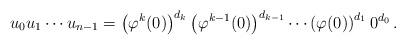
LaTeX: \begin{align*}u_0u_1\cdots u_{n-1}=\left(\varphi^{k}(0)\right)^{d_{k}}\left(\varphi^{k-1}(0)\right)^{d_{k-1}}\cdots\left(\varphi(0)\right)^{d_1}0^{d_0}\,.\end{align*}